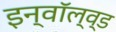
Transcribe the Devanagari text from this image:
इन्वॉल्व्ड